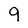
Character: 9